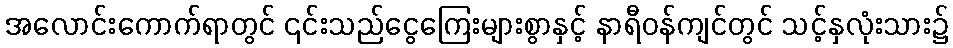
အလောင်းကောက်ရာတွင် ၎င်းသည်ငွေကြေးများစွာနှင့် နာရီဝန်ကျင်တွင် သင့်နှလုံးသား၌